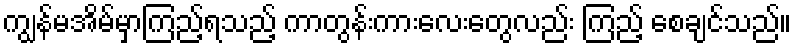
ကျွန်မအိမ်မှာကြည့်ရသည့် ကာတွန်းကားလေးတွေလည်း ကြည့် စေချင်သည်။